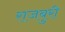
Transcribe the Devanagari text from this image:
राजबुरी